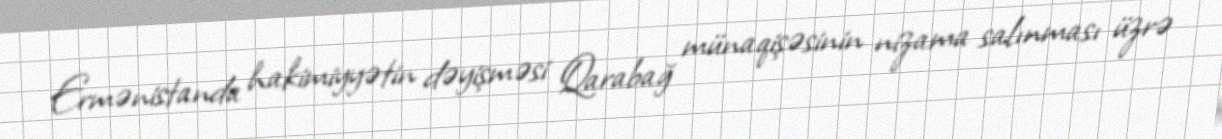
Ermənistanda hakimiyyətin dəyişməsi Qarabağ münaqişəsinin nizama salınması üzrə